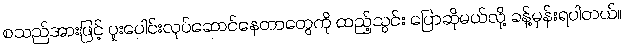
စသည်အားဖြင့် ပူးပေါင်းလုပ်ဆောင်နေတာတွေကို ထည့်သွင်း ပြောဆိုမယ်လို့ ခန့်မှန်းရပါတယ်။